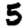
Digit: 5